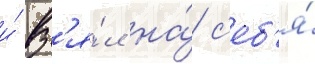
и́ вз'я́л на́ с'еб'я́